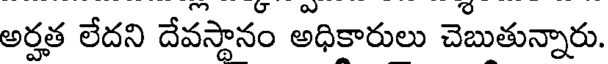
అర్హత లేదని దేవస్థానం అధికారులు చెబుతున్నారు.